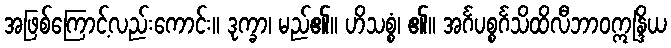
အဖြစ်ကြောင့်လည်းကောင်း။ ဒုက္ခာ၊ မည်၏။ ဟိသစ္စံ၊ ၏။ အင်္ဂပစ္စင်္ဂသိထိလီဘာဝဣန္ဒြိယ